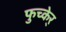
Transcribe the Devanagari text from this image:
फुच्केर्